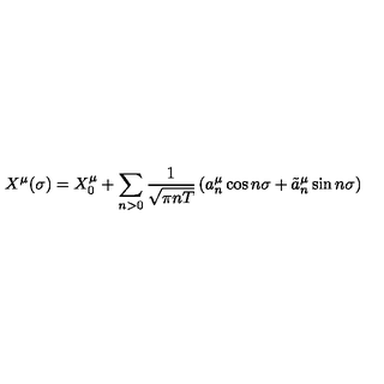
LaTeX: X ^ { \mu } ( \sigma ) = X _ { 0 } ^ { \mu } + \sum _ { n > 0 } \frac 1 { \sqrt { \pi n T } } \left( a _ { n } ^ { \mu } \cos { n \sigma } + \tilde { a } _ { n } ^ { \mu } \sin { n \sigma } \right)